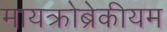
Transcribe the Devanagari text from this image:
मायक्रोब्रेकीयम